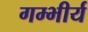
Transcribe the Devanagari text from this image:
गम्भीर्य